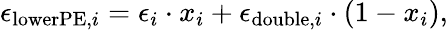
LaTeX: \epsilon_{\mathrm{lowerPE},i}=\epsilon_{i}\cdot x_{i}+\epsilon_{\mathrm{double},i}\cdot(1-x_{i}),